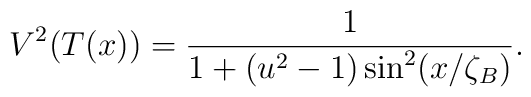
V^2(T(x)) = \frac{1}{1+(u^{2}-1)\sin^{2}(x/\zeta_B)}.